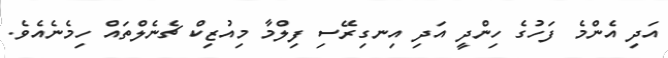
އަދި އެންމެ ފަހުގެ ހިންދީ އަދި އިނގިރޭސި ފިލްމާ މިއުޒިކް ޗެނެލްތައް ހިމެނެއެވެ.